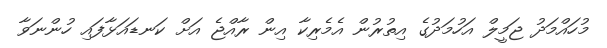
މުހައްމަދު ޖަމީލް އަހުމަދުގެ އިތުރުން އެމެރިކާ އިން ރާއްޖެ އަށް ކަނޑައަޅާފައި ހުންނަވާ